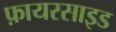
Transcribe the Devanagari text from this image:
फ़ायरसाइड